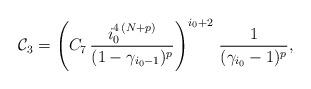
LaTeX: \begin{align*}\mathcal{C}_3=\left(C_7\,\frac{i_0^{4\,(N+p)}}{(1-\gamma_{i_0-1})^p}\right)^{i_0+2}\,\frac{1}{(\gamma_{i_0}-1)^p},\end{align*}